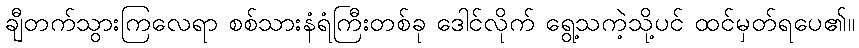
ချီတက်သွားကြလေရာ စစ်သားနံရံကြီးတစ်ခု ဒေါင်လိုက် ရွေ့သကဲ့သို့ပင် ထင်မှတ်ရပေ၏။